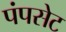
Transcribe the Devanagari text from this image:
पंपसेट